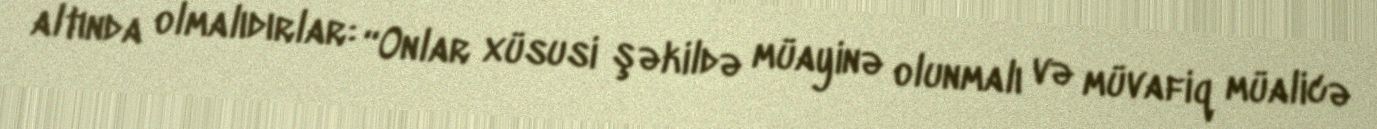
altında olmalıdırlar: “Onlar xüsusi şəkildə müayinə olunmalı və müvafiq müalicə